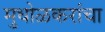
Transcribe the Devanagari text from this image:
मुधोळकरांचा